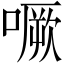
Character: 噘